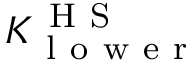
K _ { \mathrm { ~ l ~ o ~ w ~ e ~ r ~ } } ^ { \mathrm { ~ H ~ S ~ } }